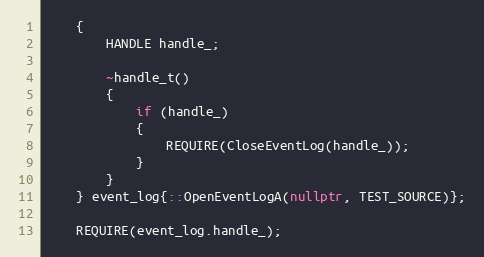
Language: C++
    {
        HANDLE handle_;

        ~handle_t()
        {
            if (handle_)
            {
                REQUIRE(CloseEventLog(handle_));
            }
        }
    } event_log{::OpenEventLogA(nullptr, TEST_SOURCE)};

    REQUIRE(event_log.handle_);